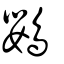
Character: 鸚